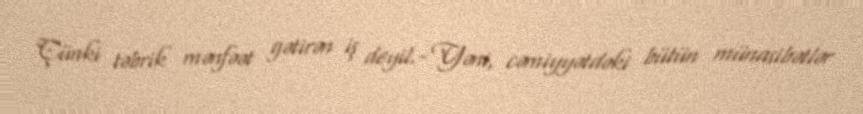
Çünki təbrik mənfəət gətirən iş deyil.- Yəni, cəmiyyətdəki bütün münasibətlər